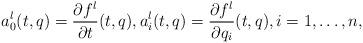
LaTeX: \begin{align*}a_0^l(t,q)=\frac{\partial f^l}{\partial t}(t,q), a_i^l(t,q)=\frac{\partial f^l}{\partial q_i}(t,q), i=1,\dots,n,\end{align*}